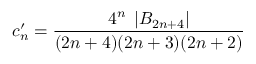
c _ { n } ^ { \prime } = \frac { 4 ^ { n } \; \left| { \cal B } _ { 2 n + 4 } \right| } { ( 2 n + 4 ) ( 2 n + 3 ) ( 2 n + 2 ) }